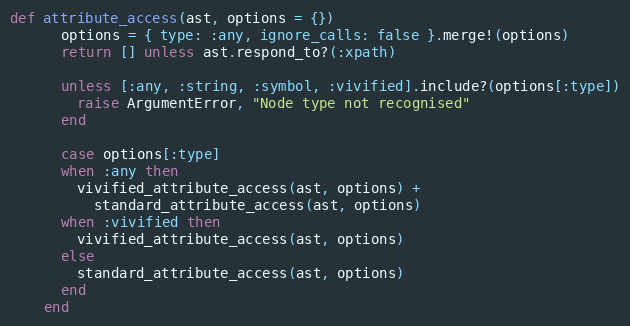
Language: Ruby
def attribute_access(ast, options = {})
      options = { type: :any, ignore_calls: false }.merge!(options)
      return [] unless ast.respond_to?(:xpath)

      unless [:any, :string, :symbol, :vivified].include?(options[:type])
        raise ArgumentError, "Node type not recognised"
      end

      case options[:type]
      when :any then
        vivified_attribute_access(ast, options) +
          standard_attribute_access(ast, options)
      when :vivified then
        vivified_attribute_access(ast, options)
      else
        standard_attribute_access(ast, options)
      end
    end